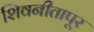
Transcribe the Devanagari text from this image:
शिवनीतापूर